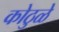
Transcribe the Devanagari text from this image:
कोठुळे